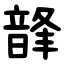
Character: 韸